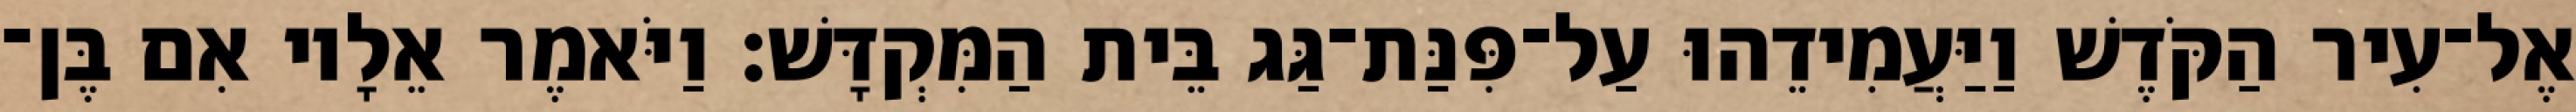
אֶל־עִיר הַקֹּדֶשׁ וַיַּעֲמִידֵהוּ עַל־פִּנַּת־גַּג בֵּית הַמִּקְדָּשׁ׃ וַיֹּאמֶר אֵלָיו אִם בֶּן־